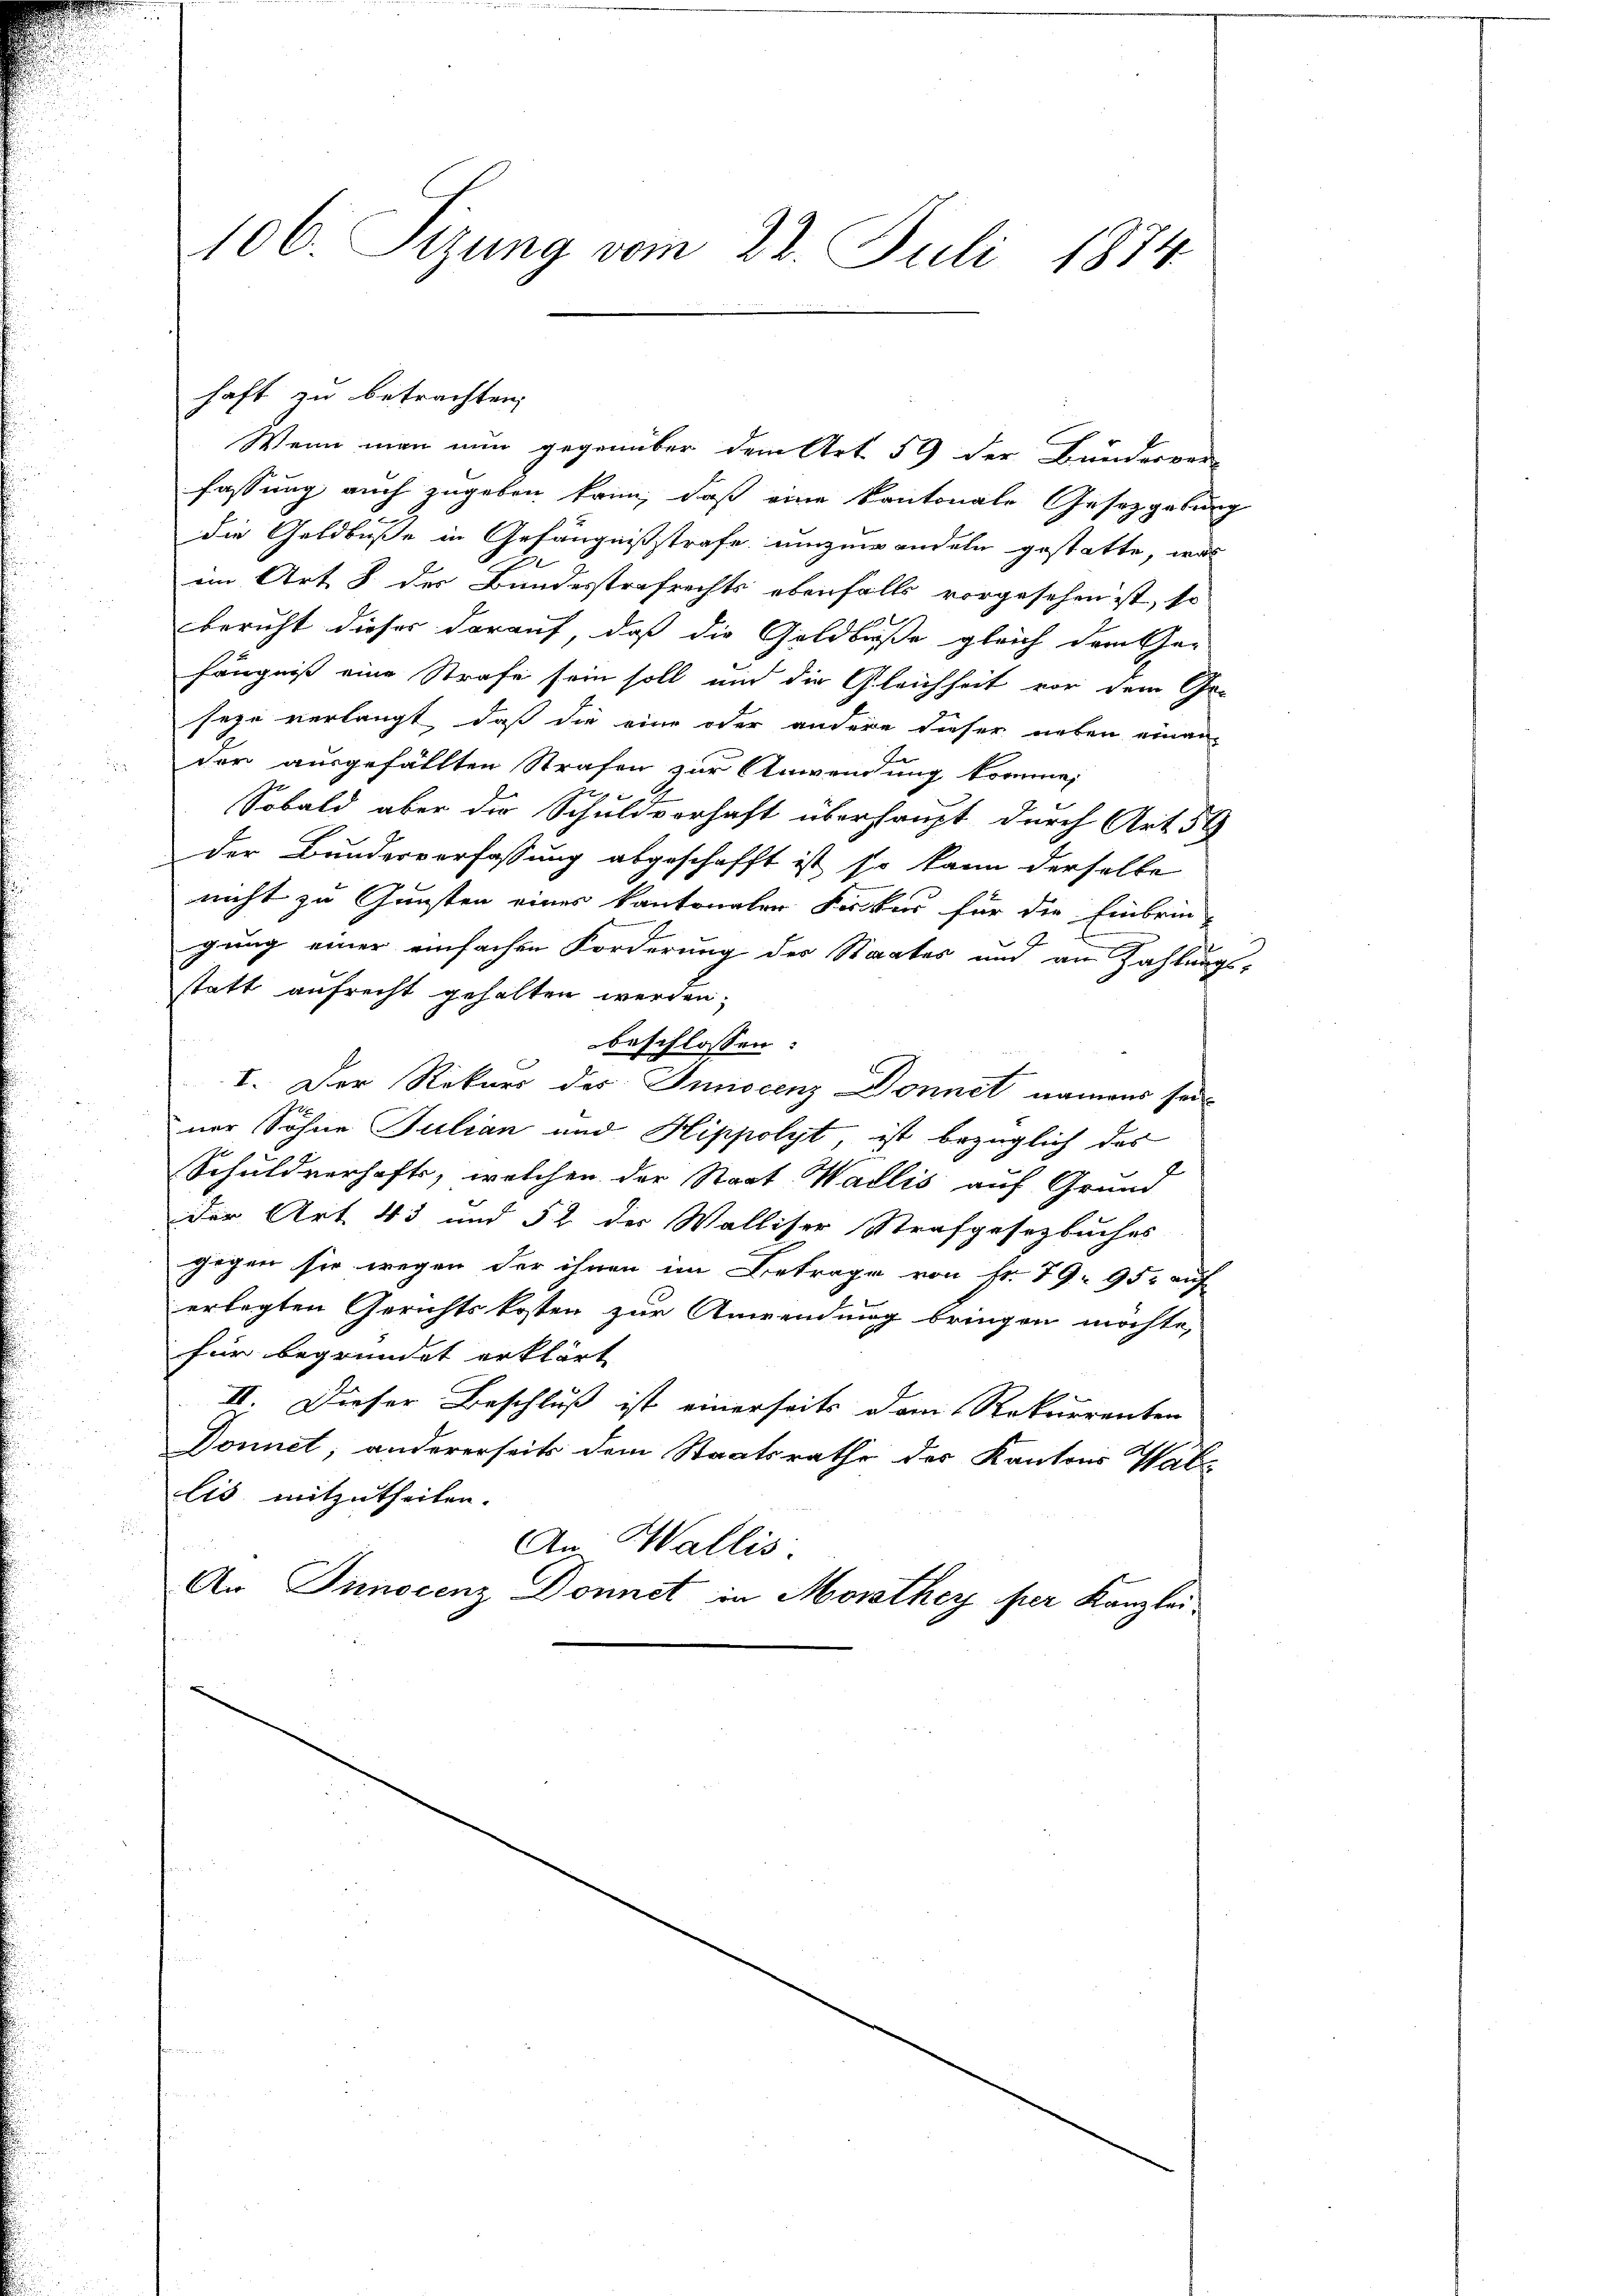
t
106. Sitzung vom 22. Juli 1814.

Wenn man nun gegenüber dem Art. 59 der Bunderver-
fassung auch zugeben kann, daß eine Kantonale Gesetzgebung
die Geldbuße in Gefängnißstrafe umzuwandeln gestatte, was
im Art 3 der Bundesstrafrechts ebenfalls vorgesehen ist, so
f
bericht dieser darauf, daß die Goldbuße gleich dem Ge-
fängniß eine Strafe sein soll und die Gleichheit vor dem Ge-
seze verlangt, daß die eine oder andere dieser neben einan
der ausgefällten Strafen zur Anwendung komme,

Sobald aber die Schuldvorhaft überhaupt durch Art. 59
der Bundesverfassung abgeschafft ist, so kann derselbe
nicht zu Gunsten eines kantonalen Kircker für die Einbrin-
gung einer einfachen Forderung der Staates und an Zahlungs-
statt aufrecht gehalten werden;
beschlossen:
I. Der Rekurs des Juniscenz Donnet namens sei-
ner Sohne Julian und Hippolyt, ist bezüglich des
Schuldverhafts, welchen der Staat Wallis auf Grund
Der Art. 45 und 52 des Walliser Strafgesetzbuches
gegen sie wegen der ihnen im Betrage von Fr. 79. 95. auf
erlegten Gerichtskosten zur Anwendung bringen möchte,
für begründet erklärt
II. Dieser Beschluß ist einerseits dem Rekurrenten
Donnet; andererseits dem Staatsrathe der Kantons Wal
lis mitzutheilen.
An Wallis.
An Innocenz Donnet in Morathey per Kanzlei-

haft zu betrachten,